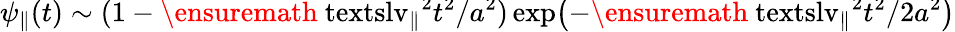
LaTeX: \psi_{\parallel}(t)\sim\smash{(1-\ensuremath{\mathrm{\ textsl{v}}_{\parallel}}^{2}t^{2}/a^{2})\exp\bigl(-\ensuremath{\mathrm{\ textsl{v}}_{\parallel}}^{2}t^{2}/2a^{2}\bigr)}